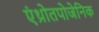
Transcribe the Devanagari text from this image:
एंथ्रोतपोजेनिक